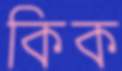
কিক